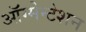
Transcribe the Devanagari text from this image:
ऑग्मेन्टेशन